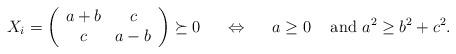
LaTeX: \begin{align*} X_i = \left( \begin{array}{cc} a + b & c \\c & a-b\end{array} \right) \succeq 0 \;\;\;\;\; \Leftrightarrow \;\;\;\;\; a \ge 0 \;\;\; \mbox{ and } a^2 \ge b^2 + c^2.\end{align*}